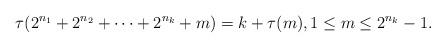
LaTeX: \begin{align*}\tau(2^{n_{1}}+2^{n_{2}}+\cdots+2^{n_{k}}+m)=k+\tau(m),1\leq m\leq 2^{n_{k}}-1.\end{align*}